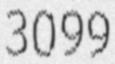
3099